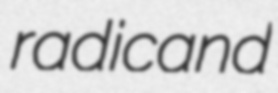
radicand